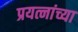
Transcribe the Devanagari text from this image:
प्रयत्नांच्या